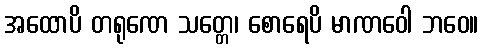
အထောပိ တရုဏေ သတ္တေ၊ စောရေပိ မာဏဝေါ ဘဝေ။